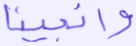
وأنجينا